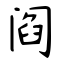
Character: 阎